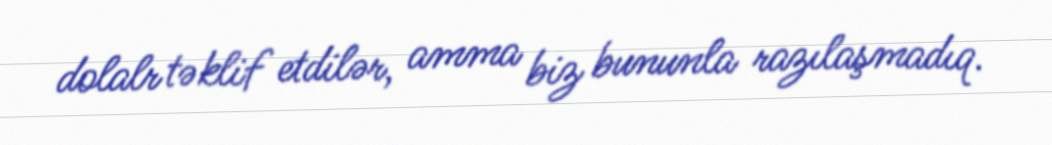
dolalr təklif etdilər, amma biz bununla razılaşmadıq.